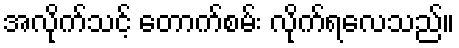
အလိုက်သင့် တောက်စမ်း လိုက်ရလေသည်။